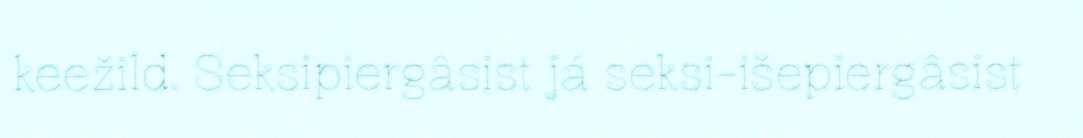
keežild. Seksipiergâsist já seksi-išepiergâsist